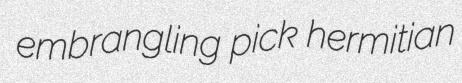
embrangling pick hermitian